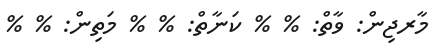
މާރޖިން: ވާތް: % % ކަނާތް: % % މަތިން: % %